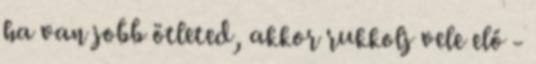
ha van jobb ötleted, akkor rukkolj vele elő -